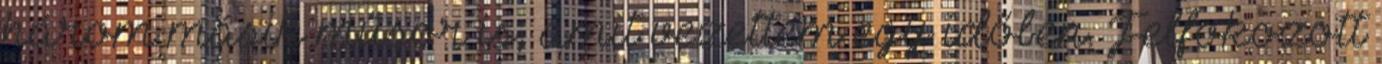
három másik műsor is, amit vezettem egy időben. Felfokozott